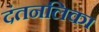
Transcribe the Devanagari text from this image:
दंतनलिका